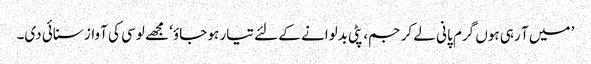
’ میں آ رہی ہوں گرم پانی لے کر جم، پٹی بدلوانے کے لئے تیار ہو جاؤ‘ مجھے لوسی کی آواز سنائی دی۔